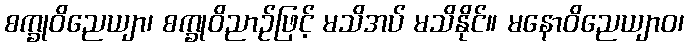
စက္ခုဝိညေယျာ၊ စက္ခုဝိညာဉ်ဖြင့် မသိအပ် မသိနိုင်။ မနောဝိညေယျာဝ၊